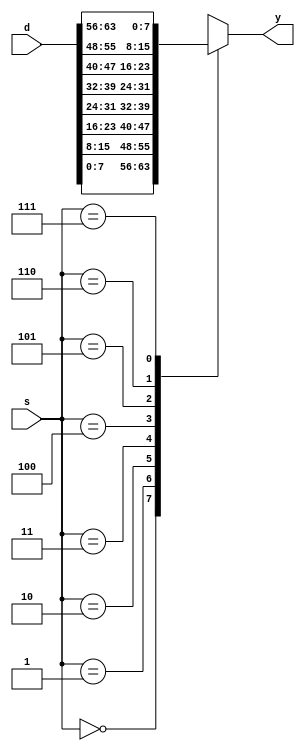
module alu_mux #(
	parameter DATA_WIDTH = 8,
	parameter SEL_WIDTH  = 3
) (
	input  [((2**SEL_WIDTH)*DATA_WIDTH)-1:0] d,
	input  [SEL_WIDTH-1:0]                   s,
	output [DATA_WIDTH-1:0]                  y
);

wire [DATA_WIDTH-1:0] tmp_array [0:(2**SEL_WIDTH)-1];

generate 
	genvar i;
	for (i = 0; i < 2**SEL_WIDTH; i = i + 1)	
		begin: gen_array
			assign tmp_array[i] = d[((i+1)*DATA_WIDTH)-1:(i*DATA_WIDTH)];
		end
endgenerate
	
assign y = tmp_array[s];

endmodule